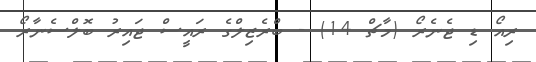
ރިއޯ ޑި ޖެނެރޯ (މާޗް 14) - ބްރެޒިލްގެ ރައީސް ޖައިރު ބޮލްސެނާރޯ